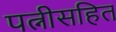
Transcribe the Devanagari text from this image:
पत्नीसहित